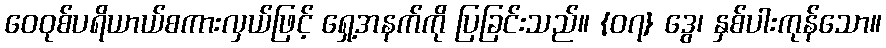
ဝေဝုစ်ပရိယာယ်စကားလှယ်ဖြင့် ရှေ့အနက်ကို ပြခြင်းသည်။ {၀၇} ဒွေ၊ နှစ်ပါးကုန်သော။